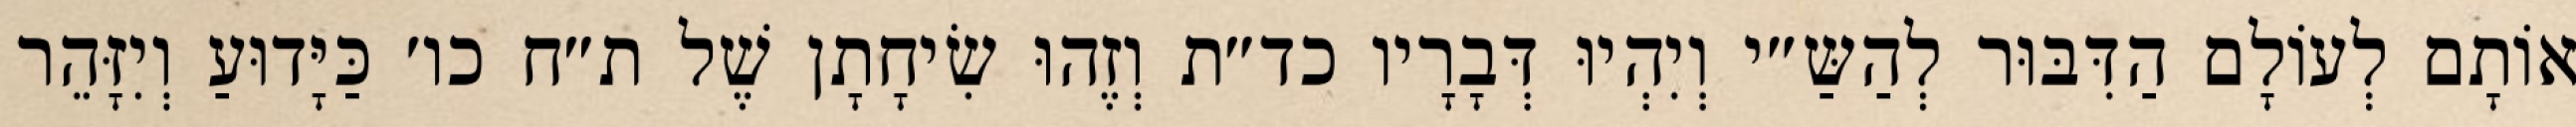
אוֹתָם לְעוֹלָם הַדִּבּוּר לְהַשַּ״י וְיִהְיוּ דְּבָרָיו כד״ת וְזֶהוּ שִׂיחָתָן שֶׁל ת״ח כו׳ כַּיָּדוּעַ וְיִזָּהֵר